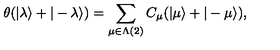
\theta ( | \lambda \rangle + | - \lambda \rangle ) = \sum _ { \mu \in \Lambda ( 2 ) } C _ { \mu } ( | \mu \rangle + | - \mu \rangle ) ,